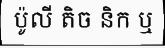
ប៉ូលី តិច និក ឬ